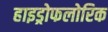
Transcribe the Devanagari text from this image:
हाइड्रोफलोरिक